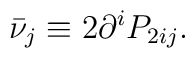
\bar \nu _j\equiv 2\partial ^iP_{2ij}.